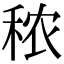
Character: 秾